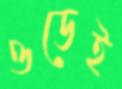
ওডেই